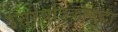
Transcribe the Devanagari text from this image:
उत्तरपत्रिकासुद्धा